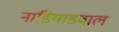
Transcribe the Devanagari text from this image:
नाडियाडवाल